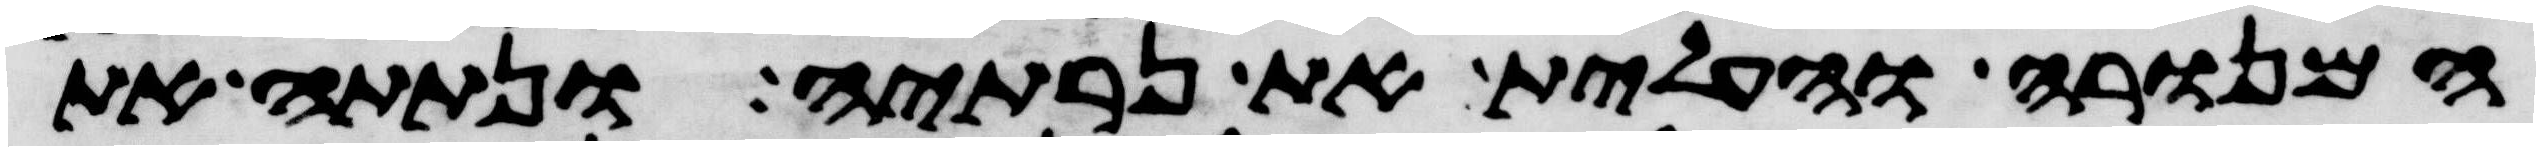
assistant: המנורה והעלית את נרתיה ונתתה את